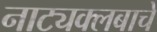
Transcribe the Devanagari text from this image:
नाट्यक्लबाचे